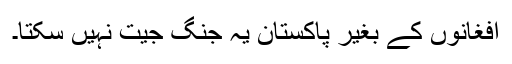
افغانوں کے بغیر پاکستان یہ جنگ جیت نہیں سکتا۔